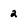
Character: 2